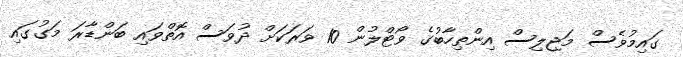
ގައިމުވެސް މަޖިލިސް އިންތިހާބުގެ ވޯޓްލުން 10 ވަރަކަށް ދުވަސް އޮތްވައި ބަންޑާރަ މަގުގައި